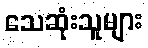
သေဆုံးသူများ